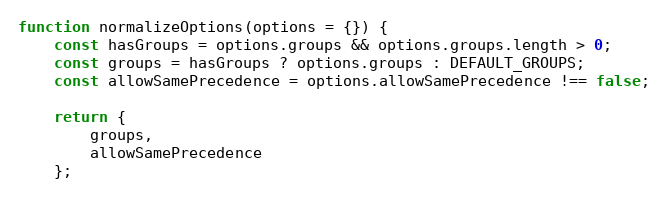
Language: JavaScript
function normalizeOptions(options = {}) {
    const hasGroups = options.groups && options.groups.length > 0;
    const groups = hasGroups ? options.groups : DEFAULT_GROUPS;
    const allowSamePrecedence = options.allowSamePrecedence !== false;

    return {
        groups,
        allowSamePrecedence
    };